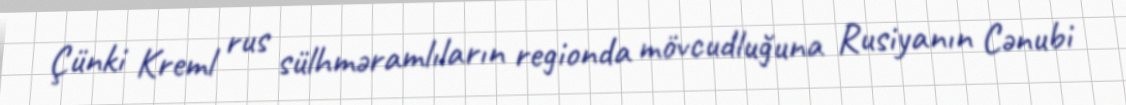
Çünki Kreml rus sülhməramlıların regionda mövcudluğuna Rusiyanın Cənubi